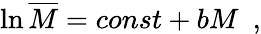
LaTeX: \ln\overline{{M}}=const+bM\, \, \, ,